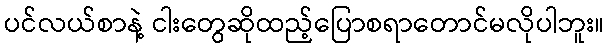
ပင်လယ်စာနဲ့ ငါးတွေဆိုထည့်ပြောစရာတောင်မလိုပါဘူး။